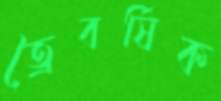
ত্রৈবর্ষিক